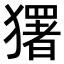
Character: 𭸭